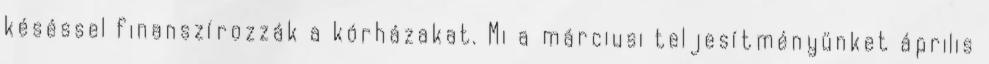
késéssel finanszírozzák a kórházakat. Mi a márciusi teljesítményünket április